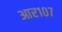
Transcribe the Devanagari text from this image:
आर१०७